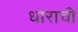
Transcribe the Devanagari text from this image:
धाराची